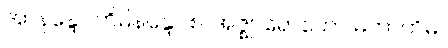
အာနန္ဒော တိမိနန္ဒော စ၊ အဇ္ဈာရောဟော မဟာတိမိ။